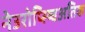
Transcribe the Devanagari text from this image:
नेउरोप्स्य्चिअतिक